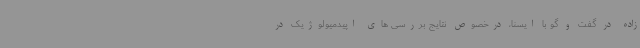
زاده در گفت و گو با ایسنا، درخصوص نتایج بررسی های اپیدمیولوژیک در